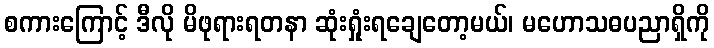
စကားကြောင့် ဒီလို မိဖုရားရတနာ ဆုံးရှုံးရချေတော့မယ်၊ မဟောသဓပညာရှိကို